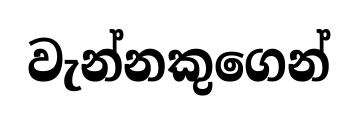
වැන්නකුගෙන්